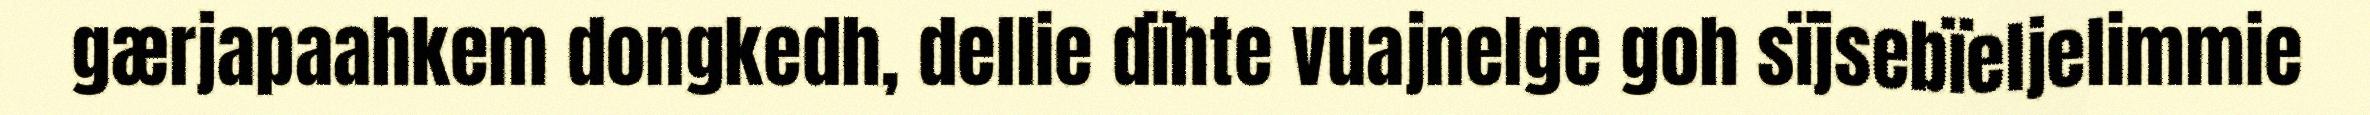
gærjapaahkem dongkedh, dellie dïhte vuajnelge goh sïjsebïeljelimmie